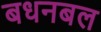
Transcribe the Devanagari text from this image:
बधनबल